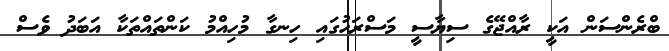
ބްރެންސަން އަކީ ރާއްޖޭގެ ސިޔާސީ މަސްރަހުގައި ހިނގާ މުހިއްމު ކަންތައްތަކާ އަބަދު ވެސް